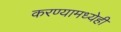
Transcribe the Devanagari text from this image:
करण्यामध्येही